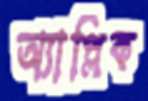
অ্যাপ্লিক